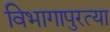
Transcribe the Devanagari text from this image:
विभागापुरत्या